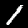
Digit: 1